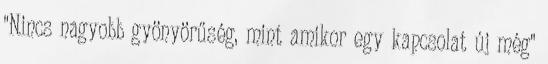
"Nincs nagyobb gyönyörűség, mint amikor egy kapcsolat új még"